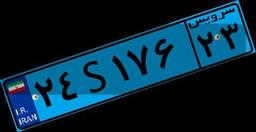
۲۸S۷۷۹۷۶